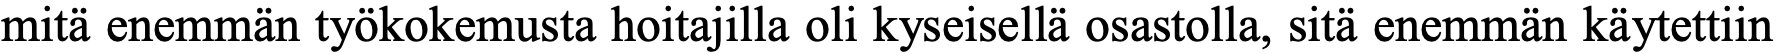
mitä enemmän työkokemusta hoitajilla oli kyseisellä osastolla, sitä enemmän käytettiin